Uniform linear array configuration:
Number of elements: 32
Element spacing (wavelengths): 0.25
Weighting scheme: binomial
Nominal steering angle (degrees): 45
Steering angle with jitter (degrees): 43.621
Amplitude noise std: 0.05
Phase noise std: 0.05

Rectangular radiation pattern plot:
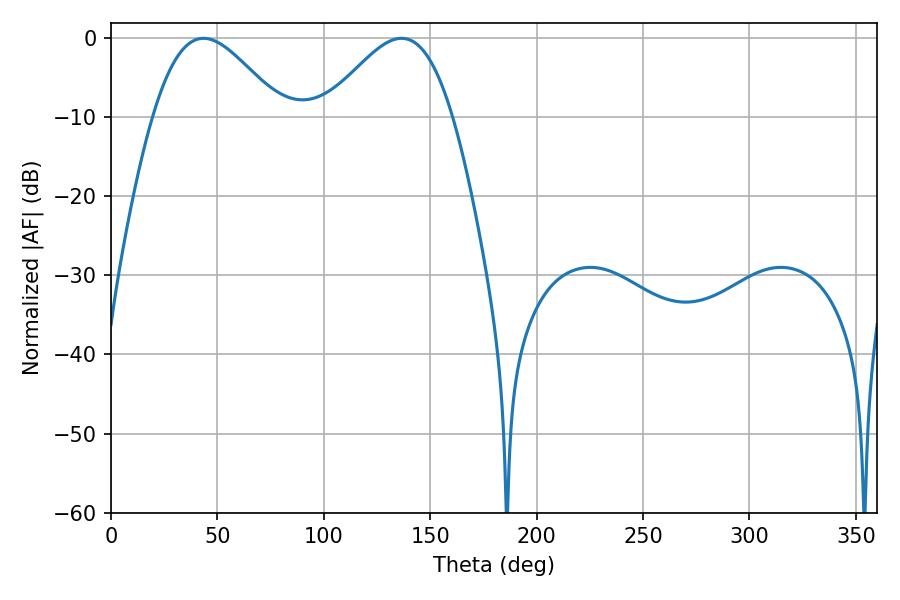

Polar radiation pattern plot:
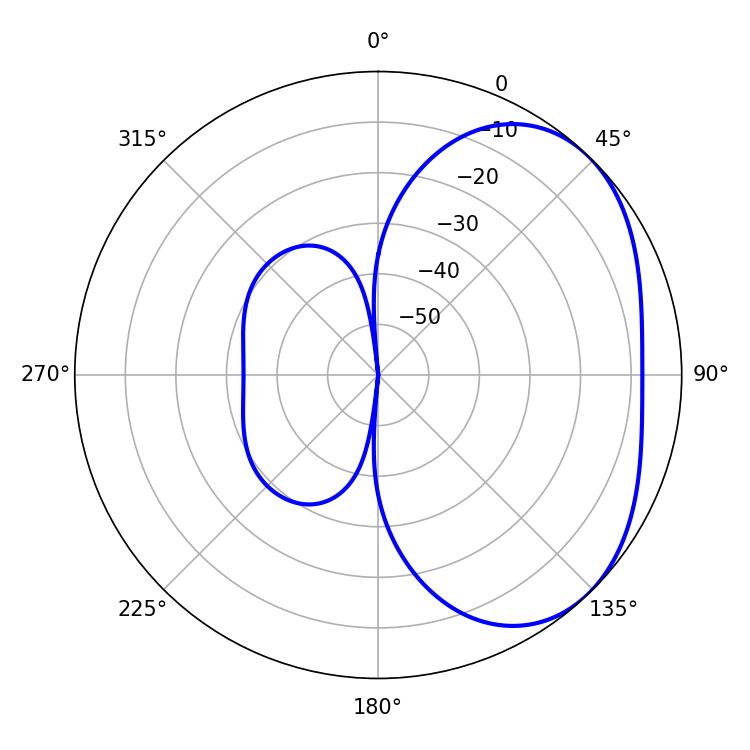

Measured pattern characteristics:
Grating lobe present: FALSE
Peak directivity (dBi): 3.348
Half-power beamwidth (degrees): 32.04
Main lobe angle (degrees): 43.56